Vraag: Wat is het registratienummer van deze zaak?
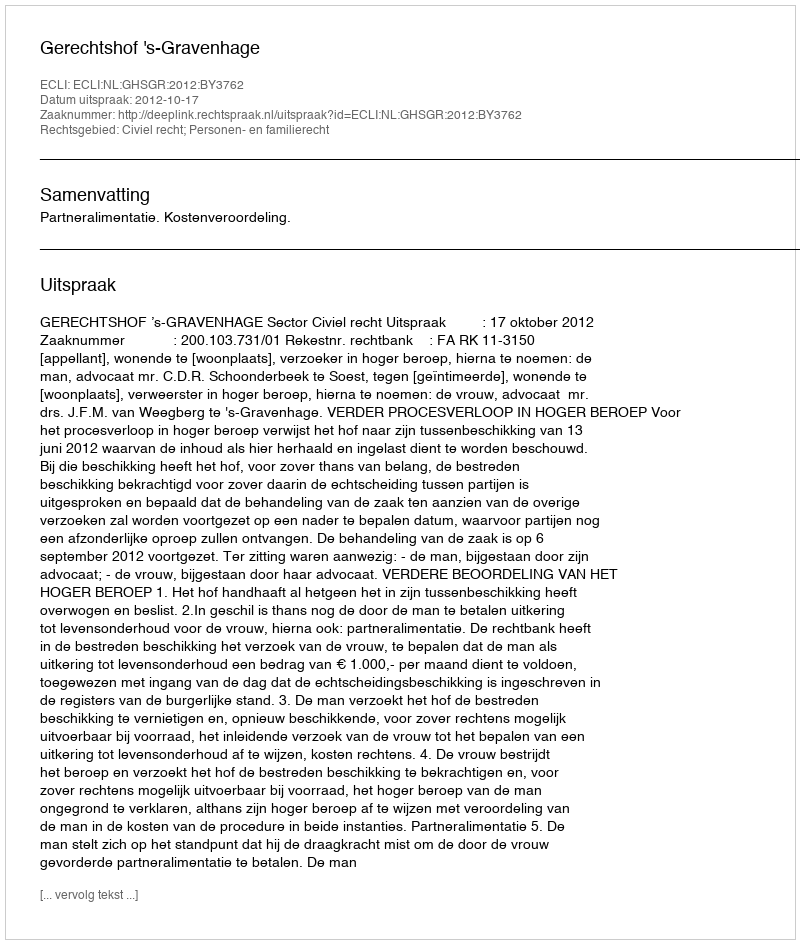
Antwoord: http://deeplink.rechtspraak.nl/uitspraak?id=ECLI:NL:GHSGR:2012:BY3762